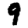
Digit: 9